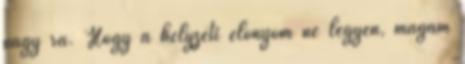
nagy rá. Hogy a helyzeti előnyöm ne legyen, magam